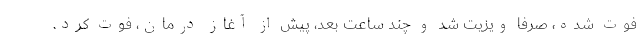
فوت شده، صرفاً ویزیت شد و چند ساعت بعد، پیش از آغاز درمان، فوت کرد.